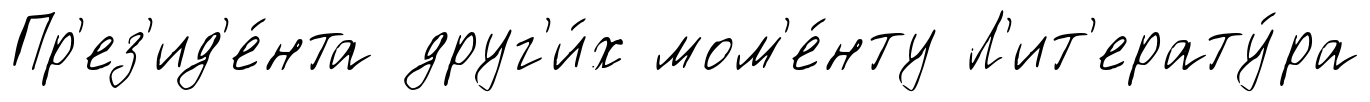
Пр'ез'ид'е́нта друг'и́х мом'е́нту Л'ит'ерату́ра